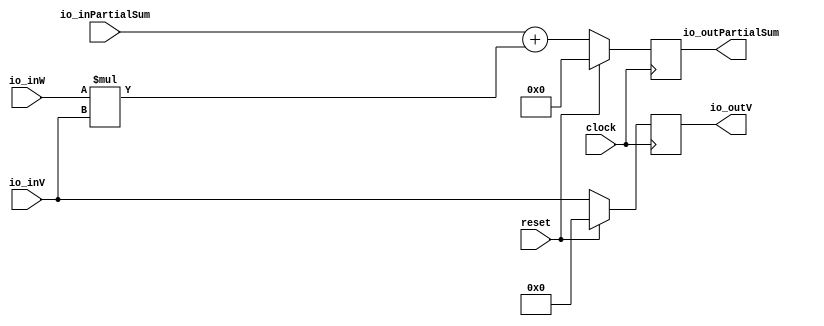
module WSProcElem(
    input clock,
    input reset,
    input[15:0] io_inW,
    input[31:0] io_inPartialSum,
    input[15:0] io_inV,
    output[31:0] io_outPartialSum,
    output[15:0] io_outV
);
`ifdef RANDOMIZE_REG_INIT
    reg [31:0] _RAND_0;
    reg [31:0] _RAND_1;
`endif // RANDOMIZE_REG_INIT
    reg[31:0] psReg; // @[WSProcElem.scala 16:22]
    reg[15:0] vReg; // @[WSProcElem.scala 17:21]
    wire[31:0] _psReg_T = io_inW*io_inV; // @[WSProcElem.scala 19:38]
    wire[31:0] _psReg_T_2 = io_inPartialSum+_psReg_T; // @[WSProcElem.scala 19:28]
    assign io_outPartialSum = psReg; // @[WSProcElem.scala 22:20]
    assign io_outV = vReg; // @[WSProcElem.scala 23:11]
    always @(posedge clock) begin
        if (reset) begin // @[WSProcElem.scala 16:22]
            psReg <= 32'h0; // @[WSProcElem.scala 16:22]
        end else begin
            psReg <= _psReg_T_2; // @[WSProcElem.scala 19:9]
        end
        if (reset) begin // @[WSProcElem.scala 17:21]
            vReg <= 16'h0; // @[WSProcElem.scala 17:21]
        end else begin
            vReg <= io_inV; // @[WSProcElem.scala 20:8]
        end
    end
// Register and memory initialization
`ifdef RANDOMIZE_GARBAGE_ASSIGN
`define RANDOMIZE
`endif
`ifdef RANDOMIZE_INVALID_ASSIGN
`define RANDOMIZE
`endif
`ifdef RANDOMIZE_REG_INIT
`define RANDOMIZE
`endif
`ifdef RANDOMIZE_MEM_INIT
`define RANDOMIZE
`endif
`ifndef RANDOM
`define RANDOM $random
`endif
`ifdef RANDOMIZE_MEM_INIT
    integer initvar;
`endif
`ifndef SYNTHESIS
`ifdef FIRRTL_BEFORE_INITIAL
    `FIRRTL_BEFORE_INITIAL
`endif
    initial begin
`ifdef RANDOMIZE
`ifdef INIT_RANDOM
        `INIT_RANDOM
`endif
`ifndef VERILATOR
`ifdef RANDOMIZE_DELAY
        #`RANDOMIZE_DELAY begin end
`else
        #0.002 begin end
`endif
`endif
`ifdef RANDOMIZE_REG_INIT
        _RAND_0 = {1{`RANDOM}};
        psReg = _RAND_0[31:0];
        _RAND_1 = {1{`RANDOM}};
        vReg = _RAND_1[15:0];
`endif // RANDOMIZE_REG_INIT
`endif // RANDOMIZE
    end // initial
`ifdef FIRRTL_AFTER_INITIAL
    `FIRRTL_AFTER_INITIAL
`endif
`endif // SYNTHESIS
endmodule